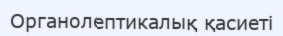
Органолептикалық қасиеті